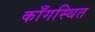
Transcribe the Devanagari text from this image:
काँगस्थित